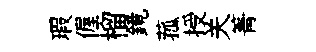
瑕偓榴鏡菰授关箐